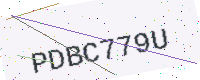
Text: PDBC779U